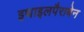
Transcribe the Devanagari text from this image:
इथाइलपैराबेन